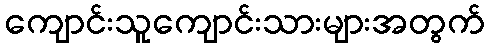
ကျောင်းသူကျောင်းသားများအတွက်